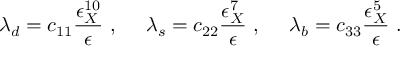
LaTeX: \lambda _ { d } = c _ { 1 1 } \frac { \epsilon _ { X } ^ { 1 0 } } { \epsilon } ~ , ~ ~ ~ ~ \lambda _ { s } = c _ { 2 2 } \frac { \epsilon _ { X } ^ { 7 } } { \epsilon } ~ , ~ ~ ~ ~ \lambda _ { b } = c _ { 3 3 } \frac { \epsilon _ { X } ^ { 5 } } { \epsilon } ~ .